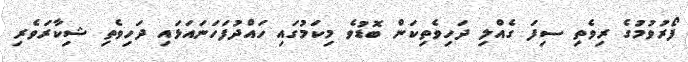
ފޯރުވުމުގެ ރިވެތި ސިފަ ގެއްލި ދަހިވެތިކަން ބޮޑުވެ މިކަމުގައި ހައްދުފަހަނައަޅައި ދަހިވެތި ޝިކާރަވެރި